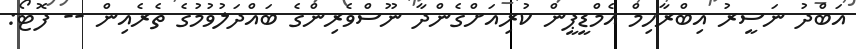
އަބްދު ނަސީރު އިބްރާހިމް އެމްޑީޕީން ކުރިއަށްގެންދާ ނޫސްވެރިންގެ ބައްދަލުވުމުގެ ތެރެއިން -- ފޮޓޯ: